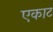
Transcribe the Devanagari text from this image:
एकाट